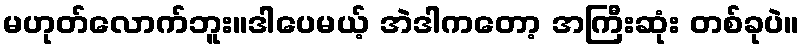
မဟုတ်လောက်ဘူး။ဒါပေမယ့် အဲဒါကတော့ အကြီးဆုံး တစ်ခုပဲ။